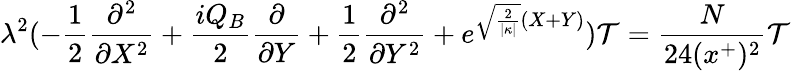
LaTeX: \lambda^{2}(-\frac{1}{2}\frac{\partial^{2}}{\partial X^{2}}+\frac{iQ_{B}}{2}\frac{\partial}{\partial Y}+\frac{1}{2}\frac{\partial^{2}}{\partial Y^{2}}+e^{\sqrt{\frac{2}{|\kappa|}}(X+Y)}){\cal T}=\frac{N}{24(x^{+})^{2}}{\cal T}